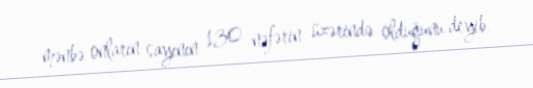
mənbə onların sayının 130 nəfərin üzərində olduğunu deyib.